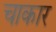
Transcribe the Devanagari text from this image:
चाकार